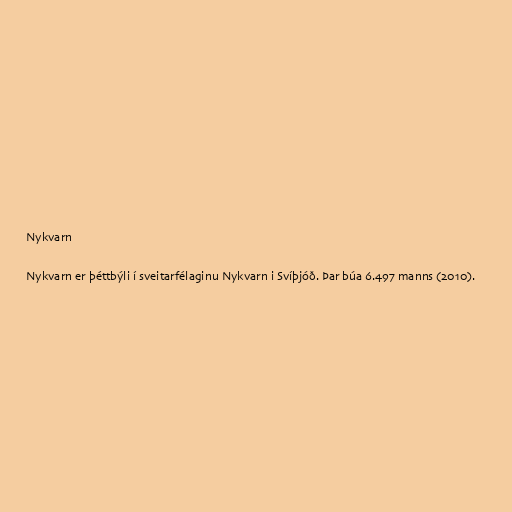
Nykvarn

Nykvarn er þéttbýli í sveitarfélaginu Nykvarn i Svíþjóð. Þar búa 6.497 manns (2010).